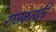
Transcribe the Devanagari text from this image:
राजकर्त्यांचे